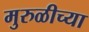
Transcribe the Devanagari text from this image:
मुरुळीच्या